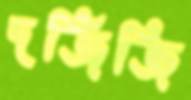
দর্জিজি